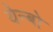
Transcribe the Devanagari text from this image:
येन्बो